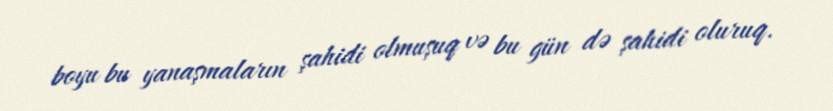
boyu bu yanaşmaların şahidi olmuşuq və bu gün də şahidi oluruq.